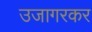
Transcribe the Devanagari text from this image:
उजागरकर